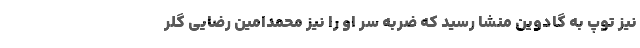
نیز توپ به گادوین منشا رسید که ضربه سر او را نیز محمدامین رضایی گلر